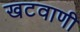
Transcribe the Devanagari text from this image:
खटवाणी